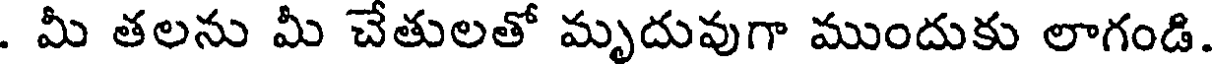
. మీ తలను మీ చేతులతో మృదువుగా ముందుకు లాగండి.